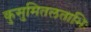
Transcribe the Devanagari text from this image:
कुसुमितलताभिः